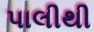
પાલીથી